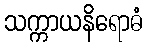
သက္ကာယနိရောဓံ